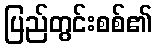
ပြည်တွင်းစစ်၏